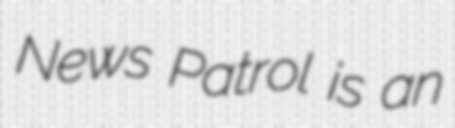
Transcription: News Patrol is an